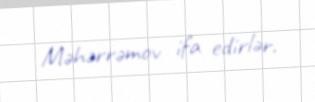
Məhərrəmov ifa edirlər.